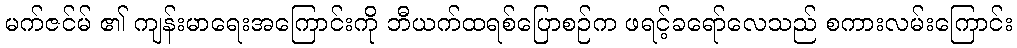
မက်ဇင်မ် ၏ ကျန်းမာရေးအကြောင်းကို ဘီယက်ထရစ်ပြောစဉ်က ဖရင့်ခရော်လေသည် စကားလမ်းကြောင်း